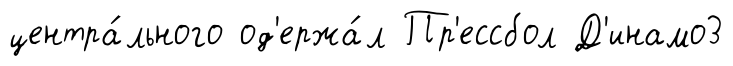
центра́льного од'ержа́л Пр'ессбол Д'инамо3